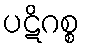
ပဋိဂစ္စ